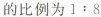
的比例为$$1:8$$